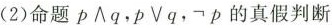
(2)命题p∧q，pVq.p的真假判断